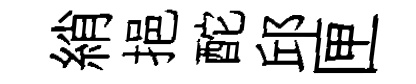
綃挹酡邱匣